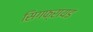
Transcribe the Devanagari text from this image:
सिगफ्रायड